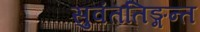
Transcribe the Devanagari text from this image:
सुवंततिङ्गन्त